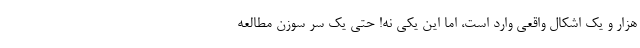
هزار و یک اشکال واقعی وارد است، اما این یکی نه! حتی یک سر سوزن مطالعه